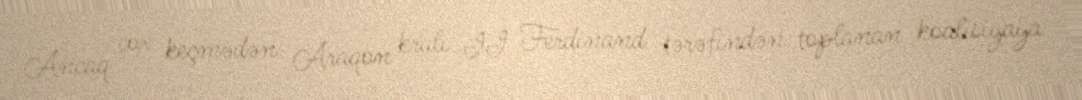
Ancaq çox keçmədən Araqon kralı II Ferdinand tərəfindən toplanan koalisiyaya